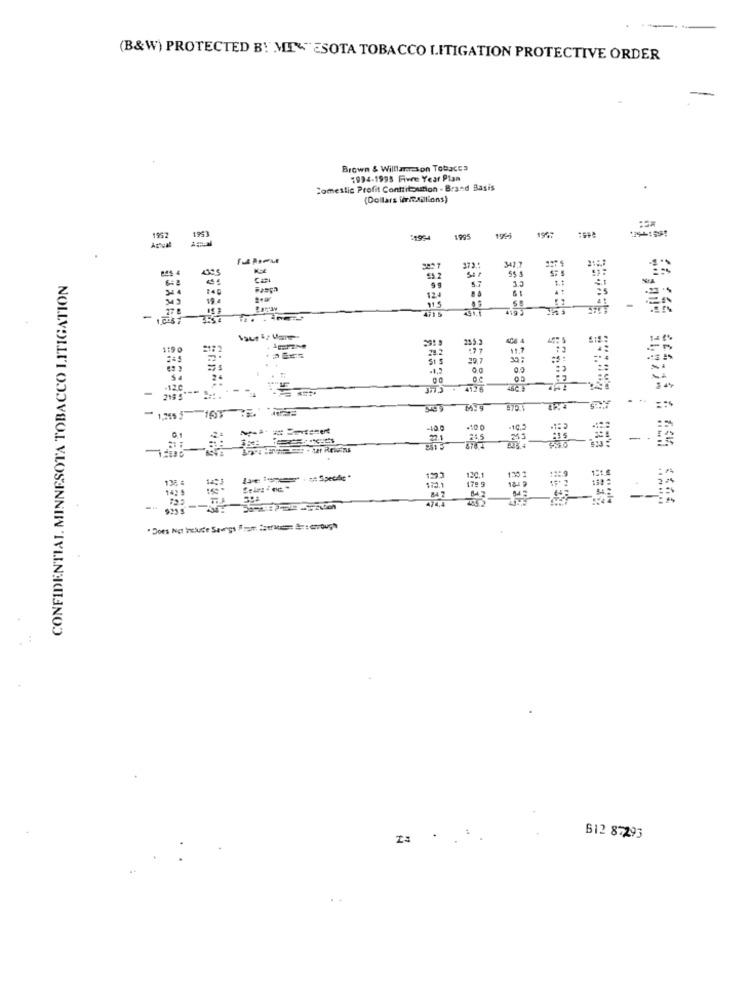
(B&W) PROTECTED B! ME\"ESOTA TOBACCO LITIGATION PROTECTIVE ORDER
Brown & Williamson Tobacco
1994-1995 Five Year Plan
domestic Profit Conttitoumon . Besed Basis
(Dollars WirRAilions)
19%7
Actual
19H
CONFIDENTIAL. MINNESOTA TOBACCO LITIGATION
124
28.2
SI S
-
1133
-100
.100
13F =
172.1
1223
120,1
1:30 2
14,2 5
178 9
--
612 87293